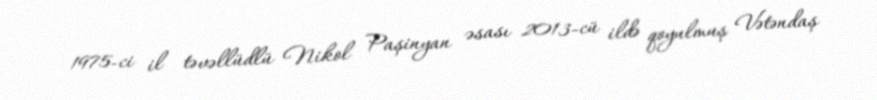
1975-ci il təvəllüdlü Nikol Paşinyan əsası 2013-cü ildə qoyulmuş Vətəndaş